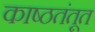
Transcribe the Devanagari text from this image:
काष्ठतंतूत